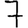
Digit: 7